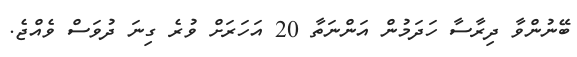
ބޭނުންވާ ދިރާސާ ހަދަމުން އަންނަތާ 20 އަހަރަށް ވުރެ ގިނަ ދުވަސް ވެއްޖެ.